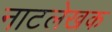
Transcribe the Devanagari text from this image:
नाटलेखक